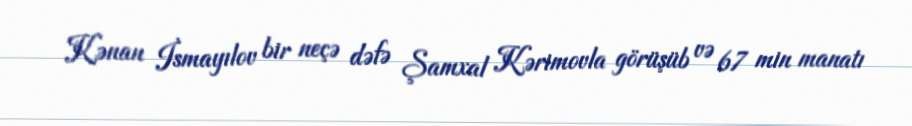
Kənan İsmayılov bir neçə dəfə Şamxal Kərimovla görüşüb və 67 min manatı